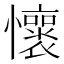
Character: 𫻡